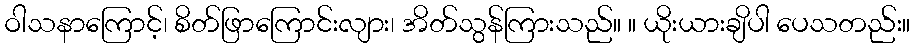
ဝါသနာကြောင့်၊ စိတ်ဖြာကြောင်းလျား၊ အိတ်သွန်ကြားသည်။ ။ ယိုးယားချိပါ ပေသတည်း။